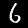
Label: 6